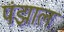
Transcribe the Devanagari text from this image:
पंझाल